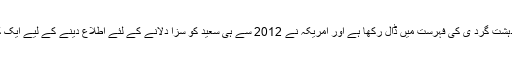
امریکہ کے فنانس ڈپارٹمنٹ نے سعید کو دہشت گرد ی کی فہرست میں ڈال رکھا ہے اور امریکہ نے 2012 سے ہی سعید کو سزا دلانے کے لئے اطلاع دینے کے لیے ایک کروڑ ڈالر کے انعام کا اعلان کر رکھا ہے۔